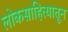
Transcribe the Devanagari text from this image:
लोकसाहित्यातून